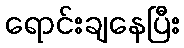
ရောင်းချနေပြီး